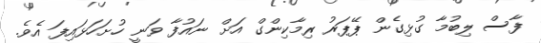
ފާސް ލިބުމާ ގުޅިގެން ޕޭޕަރު ރިމާކިންގް އަށް ނައުފާ ވަނީ ހުށަހަޅައިފަ އެވެ.